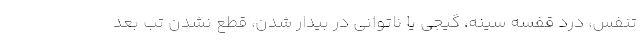
تنفس، درد قفسه سینه، گیجی یا ناتوانی در بیدار شدن، قطع نشدن تب بعد